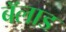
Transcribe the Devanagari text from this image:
बॅलाड